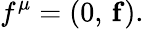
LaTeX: f^{\mu}=(0,\, {\mathbf f}).